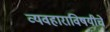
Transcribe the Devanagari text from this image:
व्यवहाराविषयीचे